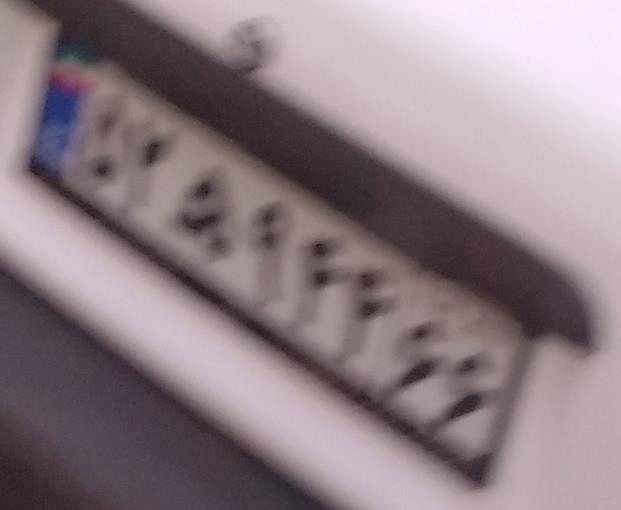
۵۲ه۹۴۴۶۶